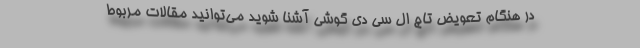
در هنگام تعویض تاچ ال سی دی گوشی آشنا شوید می‌توانید مقالات مربوط